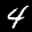
Label: 4